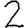
Digit: 2